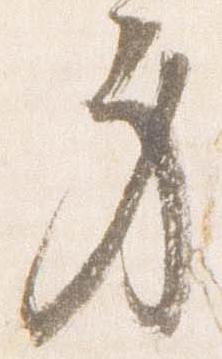
身